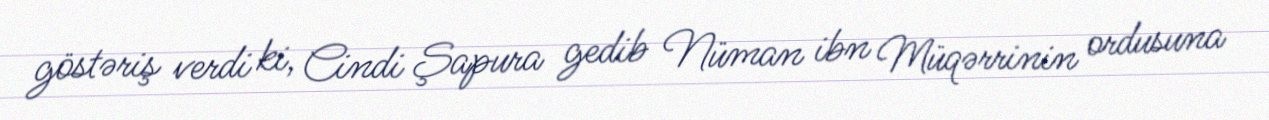
göstəriş verdi ki, Cindi Şapura gedib Nüman ibn Müqərrinin ordusuna